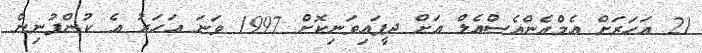
21 އަހަރަށް އެމްއެންއެސްއެލް އަށް ދީފައިވަނިކޮށް 1997 ވަނަ އަހަރު އެ ކުންފުނިން